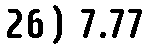
26) 7.77